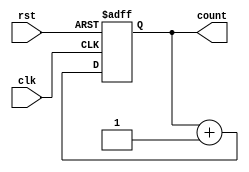
module counter #(parameter WIDTH = 4)(
    input wire clk,
    input wire rst,
    output reg [WIDTH-1:0] count
);

always @(posedge clk or posedge rst)
begin
    if(rst)
        count <= 0;
    else
        count <= count + 1;
end

endmodule